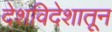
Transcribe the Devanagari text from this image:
देशविदेशातून